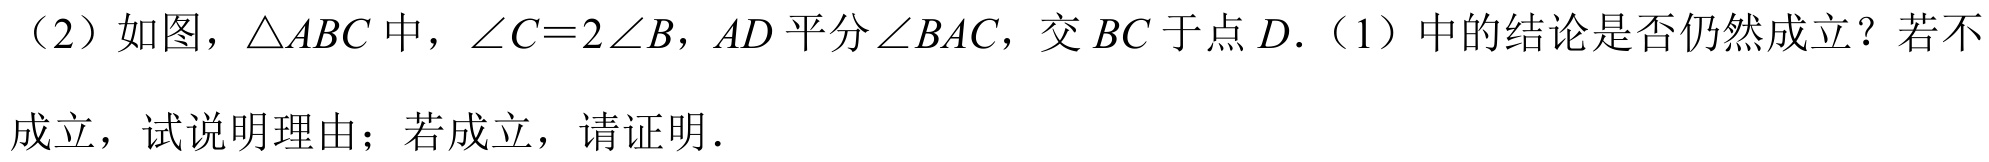
（2）如图，\(\triangle ABC\) 中，\(\angle C = 2\angle B\)，\(AD\) 平分\(\angle BAC\)，交 \(BC\) 于点 \(D\).（1）中的结论是否仍然成立？若不

成立，试说明理由；若成立，请证明.